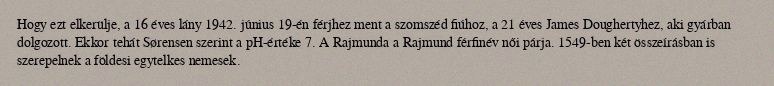
Hogy ezt elkerülje, a 16 éves lány 1942. június 19-én férjhez ment a szomszéd fiúhoz, a 21 éves James Doughertyhez, aki gyárban dolgozott. Ekkor tehát Sørensen szerint a pH-értéke 7. A Rajmunda a Rajmund férfinév női párja. 1549-ben két összeírásban is szerepelnek a földesi egytelkes nemesek.